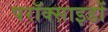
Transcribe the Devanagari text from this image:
परॉक्साइडों